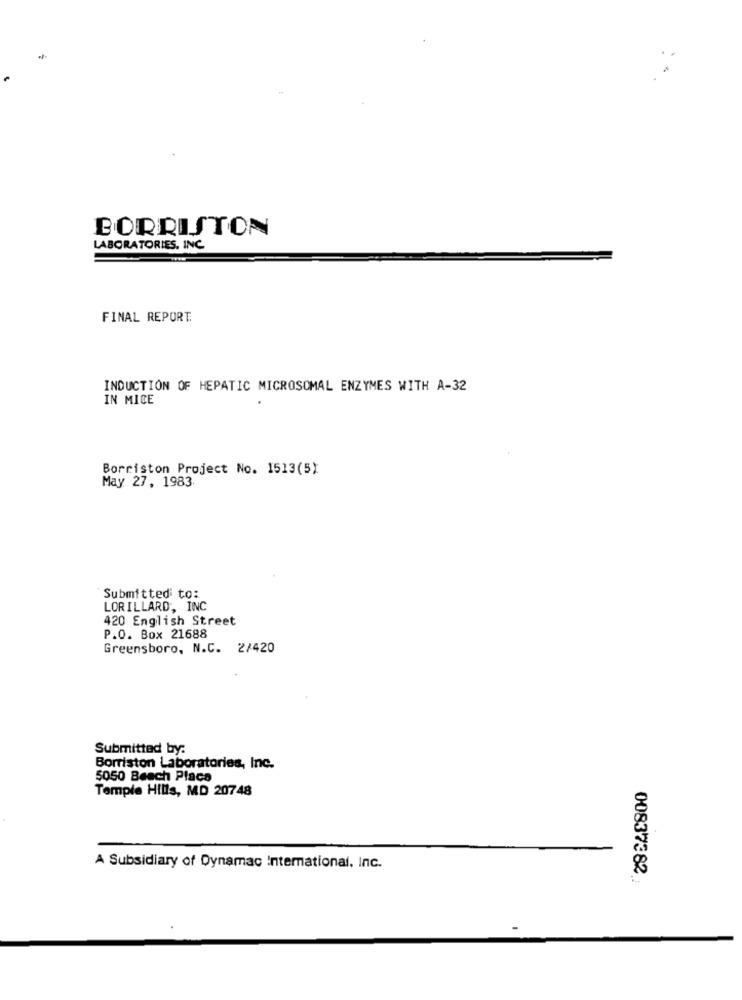
BORRISTON
LABORATORIES, INC.
FINAL REPORT:
INDUCTION OF HEPATIC MICROSOMAL ENZYMES WITH A-32
IN MICE
Borriston Project No. 1513(5)
May 27, 1983.
Submitted to:
LORILLARD, INC
420 English Street
P.O. Box 21688
Greensboro, N.C. 2/420
Submitted by:
Borriston Laboratories, Inc.
5050 Beach Placa
Temple Hills, MD 20748
A Subsidiary of Dynamac International, Inc.
00837382.